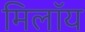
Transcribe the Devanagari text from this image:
मिलॉय